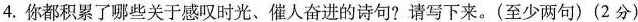
4.你都积累了哪些关于感叹时光、催人奋进的诗句?请写下来。(至少两句)(2分)